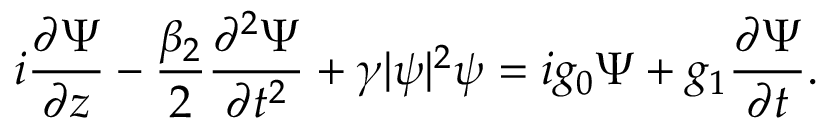
i \frac { \partial \Psi } { \partial z } - \frac { \beta _ { 2 } } { 2 } \frac { \partial ^ { 2 } \Psi } { \partial t ^ { 2 } } + \gamma | \psi | ^ { 2 } \psi = i g _ { 0 } \Psi + g _ { 1 } \frac { \partial \Psi } { \partial t } .